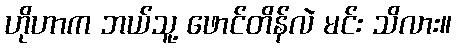
ဟိုဟာက ဘယ်သူ့ ဖောင်တိန်လဲ မင်း သိလား။